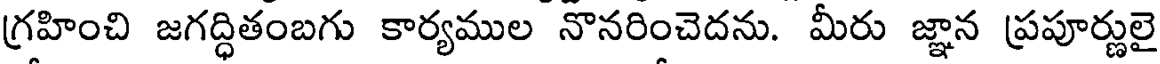
గ్రహించి జగద్ధితంబగు కార్యముల నొనరించెదను. మీరు జ్ఞాన ప్రపూర్ణులై